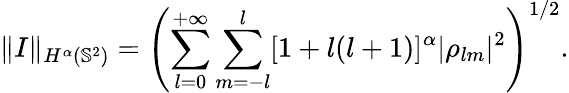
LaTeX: \| I\| _{H^{\alpha}(\mathbb{S}^{2})}=\left(\sum_{l=0}^{+\infty}\sum_{m=-l}^{l}[1+l(l+1)]^{\alpha}|\rho_{lm}|^{2}\right)^{1/2}.